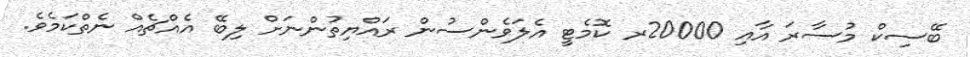
ބޭސިކް މުސާރަ އާއި 20000ރ ކޮމެޓީ އެލަވެންސުން ރައްޔިތުންނަށް ލިބޭ އެއްޗެއް ނެތްކަމެވެ.